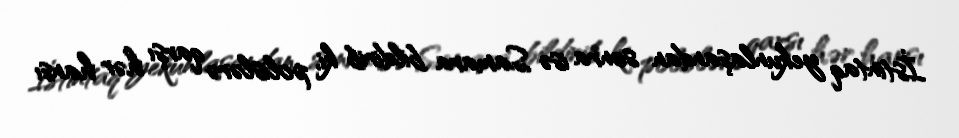
İstintaq yekunlaşandan sonra isə Samara bildirib ki, polislərə qarşı hər hansı